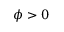
\phi > 0